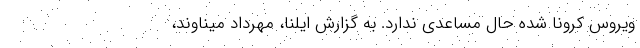
ویروس کرونا شده حال مساعدی ندارد. به گزارش ایلنا، مهرداد میناوند،